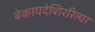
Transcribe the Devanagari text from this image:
बेकायदेशिररित्या